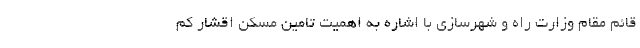
قائم مقام وزارت راه و شهرسازی با اشاره به اهمیت تامین مسکن اقشار کم